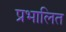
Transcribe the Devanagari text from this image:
प्रभालित